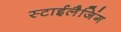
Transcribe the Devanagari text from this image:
स्टाईलैजिंग